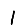
Digit: 1